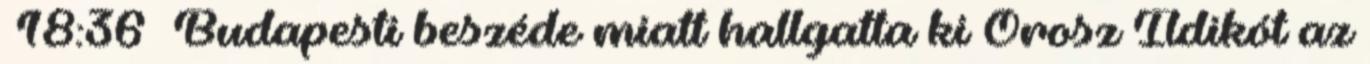
18:36 Budapesti beszéde miatt hallgatta ki Orosz Ildikót az